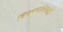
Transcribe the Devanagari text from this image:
विवरणलेखकों